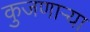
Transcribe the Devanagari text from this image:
कुजणाऱ्या